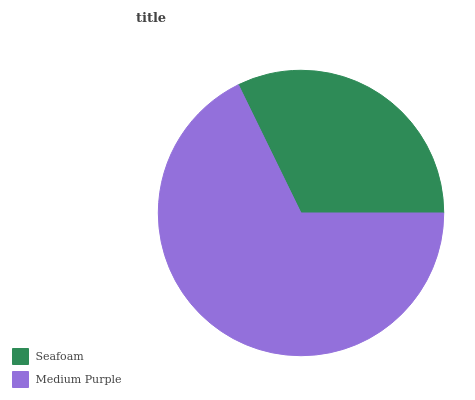
| Seafoam | Medium Purple |
 | --- | --- |
 | 32.3% | 67.7% |